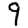
Digit: 9